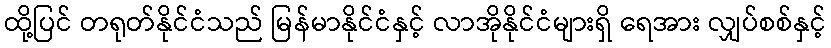
ထို့ပြင် တရုတ်နိုင်ငံသည် မြန်မာနိုင်ငံနှင့် လာအိုနိုင်ငံများရှိ ရေအား လျှပ်စစ်နှင့်